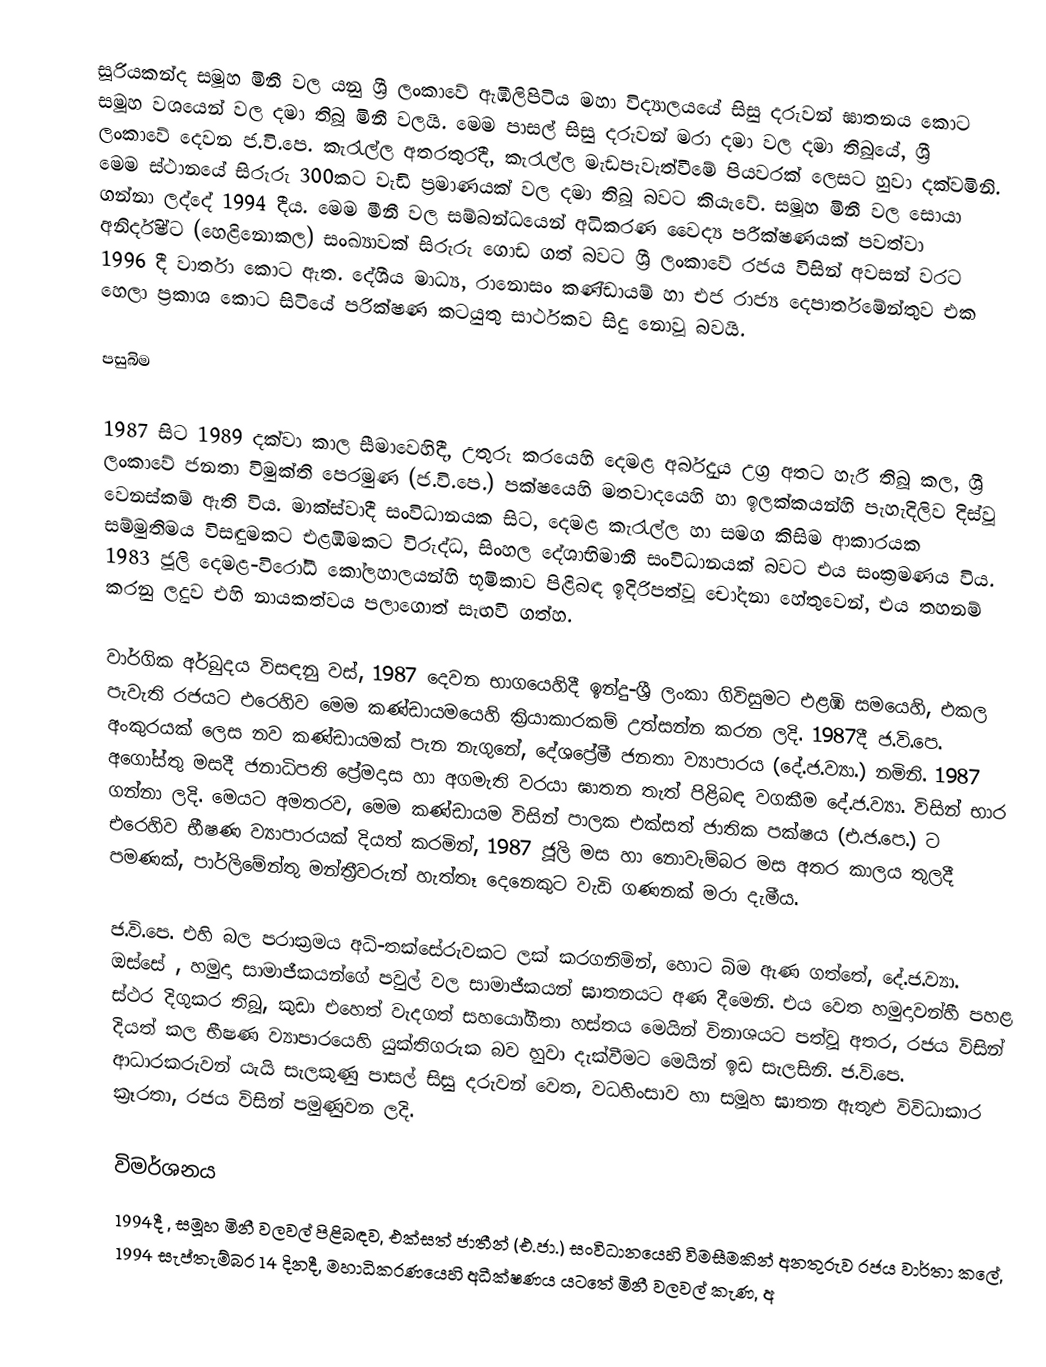
සූරියකන්ද සමූහ මිනී වල යනු  ශ්‍රී ලංකාවේ ඇඹිලිපිටිය මහා විද්‍යාලයයේ සිසු දරුවන් ඝාතනය කොට සමූහ වශයෙන් වල දමා තිබූ මිනී වලයි. මෙම පාසල් සිසු දරුවන් මරා දමා වල දමා තිබූයේ,  ශ්‍රී ලංකාවේ  දෙවන ජ.වි.පෙ. කැරැල්ල අතරතුරදී,  කැරැල්ල මැඩපැවැත්වීමේ පියවරක් ලෙසට හුවා දක්වමිනි. මෙම ස්ථානයේ සිරුරු 300කට වැඩි ප්‍රමාණයක් වල දමා තිබූ බවට කියැවේ. සමූහ මිනී වල සොයා ගන්නා ලද්දේ  1994 දීය. මෙම මීනී වල සම්බන්ධයෙන්   අධිකරණ වෛද්‍ය පරීක්ෂණයක් පවත්වා අනිර්දිෂ්ට (හෙළිනොකල) සංඛ්‍යාවක් සිරුරු ගොඩ ගත් බවට  ශ්‍රී ලංකාවේ රජය විසින් අවසන් වරට 1996 දී වාර්තා කොට ඇත.  දේශීය මාධ්‍ය, රානොසං කණ්ඩායම් හා  එජ රාජ්‍ය දෙපාර්තමේන්තුව එක හෙලා ප්‍රකාශ කොට සිටියේ පරික්ෂණ කටයුතු සාර්ථකව සිදු නොවූ බවයි.

පසුබිම

1987 සිට 1989 දක්වා කාල සීමාවෙහිදී, උතුරු කරයෙහි දෙමළ අර්බුදය උග්‍ර අතට හැරී තිබූ කල, ශ්‍රී ලංකාවේ ජනතා විමුක්ති පෙරමුණ (ජ.වි.පෙ.) පක්ෂයෙහි මතවාදයෙහි හා ඉලක්කයන්හි පැහැදිලිව දිස්වූ වෙනස්කම් ඇති විය. මාක්ස්වාදී සංවිධානයක සිට, දෙමළ කැරැල්ල හා සමග කිසිම ආකාරයක සම්මුතිමය විසඳුමකට එ‌ළඹීමකට විරුද්ධ, සිංහල දේශාභිමානී සංවිධානයක් බවට එය සංක්‍රමණය විය. 1983 ජූලි දෙමළ-විරෝධී කෝලහාලයන්හි භූමිකාව පිළිබඳ ඉදිරිපත්වූ චෝදනා හේතුවෙන්, එය තහනම් කරනු ලදුව එහි නායකත්වය  පලාගොත් සැඟවී ගත්හ.

වාර්ගික අර්බුදය විසඳනු වස්, 1987 දෙවන භාගයෙහිදී  ඉන්දු-ශ්‍රී ලංකා ගිවිසුමට එළඹි  සමයෙහි, එකල පැවැති රජයට එරෙහිව මෙම කණ්ඩායමයෙහි ක්‍රියාකාරකම් උත්සන්න කරන ලදි. 1987දී ජ.වි.පෙ. අංකුරයක් ලෙස නව කණ්ඩායමක් පැන නැගුනේ, දේශප්‍රේමී ජනතා ව්‍යාපාරය (දේ.ජ.ව්‍යා.) නමිනි. 1987 අගෝස්තු  මසදී ජනාධිපති  ප්‍රේමදාස හා  අගමැති වරයා ඝාතන තැත් පිළිබඳ වගකීම දේ.ජ.ව්‍යා. විසින් භාර ගන්නා ලදි. මෙයට අමතරව, මෙම කණ්ඩායම විසින් පාලක  එක්සත් ජාතික පක්ෂය (එ.ජ.පෙ.) ට එරෙහිව භීෂණ ව්‍යාපාරයක් දියත් කරමින්, 1987 ජූලි මස හා නොවැම්බර මස අතර කාලය තුලදී පමණක්,  පාර්ලිමේන්තු මන්ත්‍රීවරුන් හැත්තෑ දෙනෙකුට වැඩි ගණනක් මරා දැමීය.

ජ.වි.පෙ. එහි බල පරාක්‍රමය අධි-තක්සේරුවකට ලක් කරගනිමින්, හොට බිම ඇණ ගත්තේ, දේ.ජ.ව්‍යා. ඔස්සේ , හමුදා සාමාජීකයන්ගේ පවුල් වල සාමාජීකයන් ඝාතනයට අණ දීමෙනි. එය වෙත හමුදාවන්හී පහළ ස්ථර දිගුකර තිබූ,  කුඩා එහෙත් වැදගත් සහයෝගීතා හස්තය මෙයින් විනාශයට පත්වූ අතර, රජය විසින් දියත් කල භීෂණ ව්‍යාපාරයෙහි යුක්තිගරුක බව හුවා දැක්වීමට මෙයින් ඉඩ සැලසිනි. ජ.වි.පෙ. ආධාරකරුවන් යැයි සැලකුණු පාසල් සිසු දරුවන් වෙත,  වධහිංසාව හා සමූහ ඝාතන ඇතුළු  විවිධාකාර ක්‍රෑරතා,  රජය විසින් පමුණුවන ලදි.

විමර්ශනය
1994දී , සමූහ මිනී වලවල් පිළිබඳව, එක්සත් ජාතීන් (එ.ජා.) සංවිධානයෙහි විමසීමකින් අනතුරුව රජය වාර්තා කලේ,   1994 සැප්තැම්බර 14 දිනදී, මහාධිකරණයෙහි අධීක්ෂණය යටතේ මිනී වලවල්  කැණ, අ